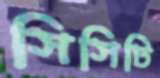
সিসিটি